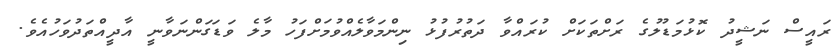
ރައީސް ނަޝީދު ކޮޅުމަޑުލުގެ ރަށްތަކަށް ކުރައްވާ ދަތުރުފުޅު ނިންމަވާލެއްވުމަށްފަހު މާލެ ވަޑަގަންނަވާނީ އާދީއްތަދުވަހުއެވެ.